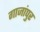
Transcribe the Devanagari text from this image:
गाजांपुर